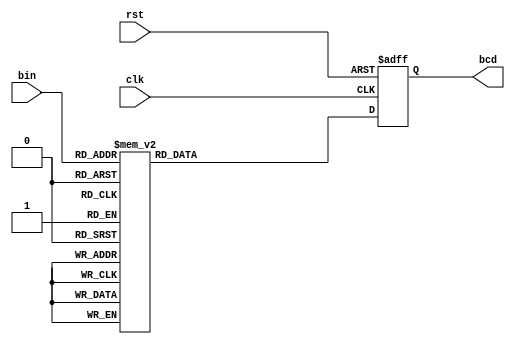
`timescale 1ns / 1ps
//////////////////////////////////////////////////////////////////////////////////
// Company: 
// Engineer: 
// 
// Design Name: 
// Module Name: binary_to_bcd
// Project Name: 
// Target Devices: 
// Tool Versions: 
// Description: 
// 
// Dependencies: 
// 
// Revision:
// Revision 0.01 - File Created
// Additional Comments:
// 
//////////////////////////////////////////////////////////////////////////////////


module binary_to_bcd(clk, rst, bin, bcd);

input clk, rst;
input [3:0] bin;
output reg [7:0] bcd;

always @(negedge rst or posedge clk) begin
    if(!rst) begin
        bcd <= {4'd0, 4'd0};
    end
    else begin
        case(bin)
            0  : bcd <= {4'd0, 4'd0};
            1  : bcd <= {4'd0, 4'd1};
            2  : bcd <= {4'd0, 4'd2};
            3  : bcd <= {4'd0, 4'd3};
            4  : bcd <= {4'd0, 4'd4};
            5  : bcd <= {4'd0, 4'd5};
            6  : bcd <= {4'd0, 4'd6};
            7  : bcd <= {4'd0, 4'd7};
            8  : bcd <= {4'd0, 4'd8};
            9  : bcd <= {4'd0, 4'd9};
            10 : bcd <= {4'd1, 4'd0};
            11 : bcd <= {4'd1, 4'd1};
            12 : bcd <= {4'd1, 4'd2};
            13 : bcd <= {4'd1, 4'd3};
            14 : bcd <= {4'd1, 4'd4};
            15 : bcd <= {4'd1, 4'd5};
            default : bcd <= {4'd0, 4'd0};
        endcase
    end
end        
endmodule